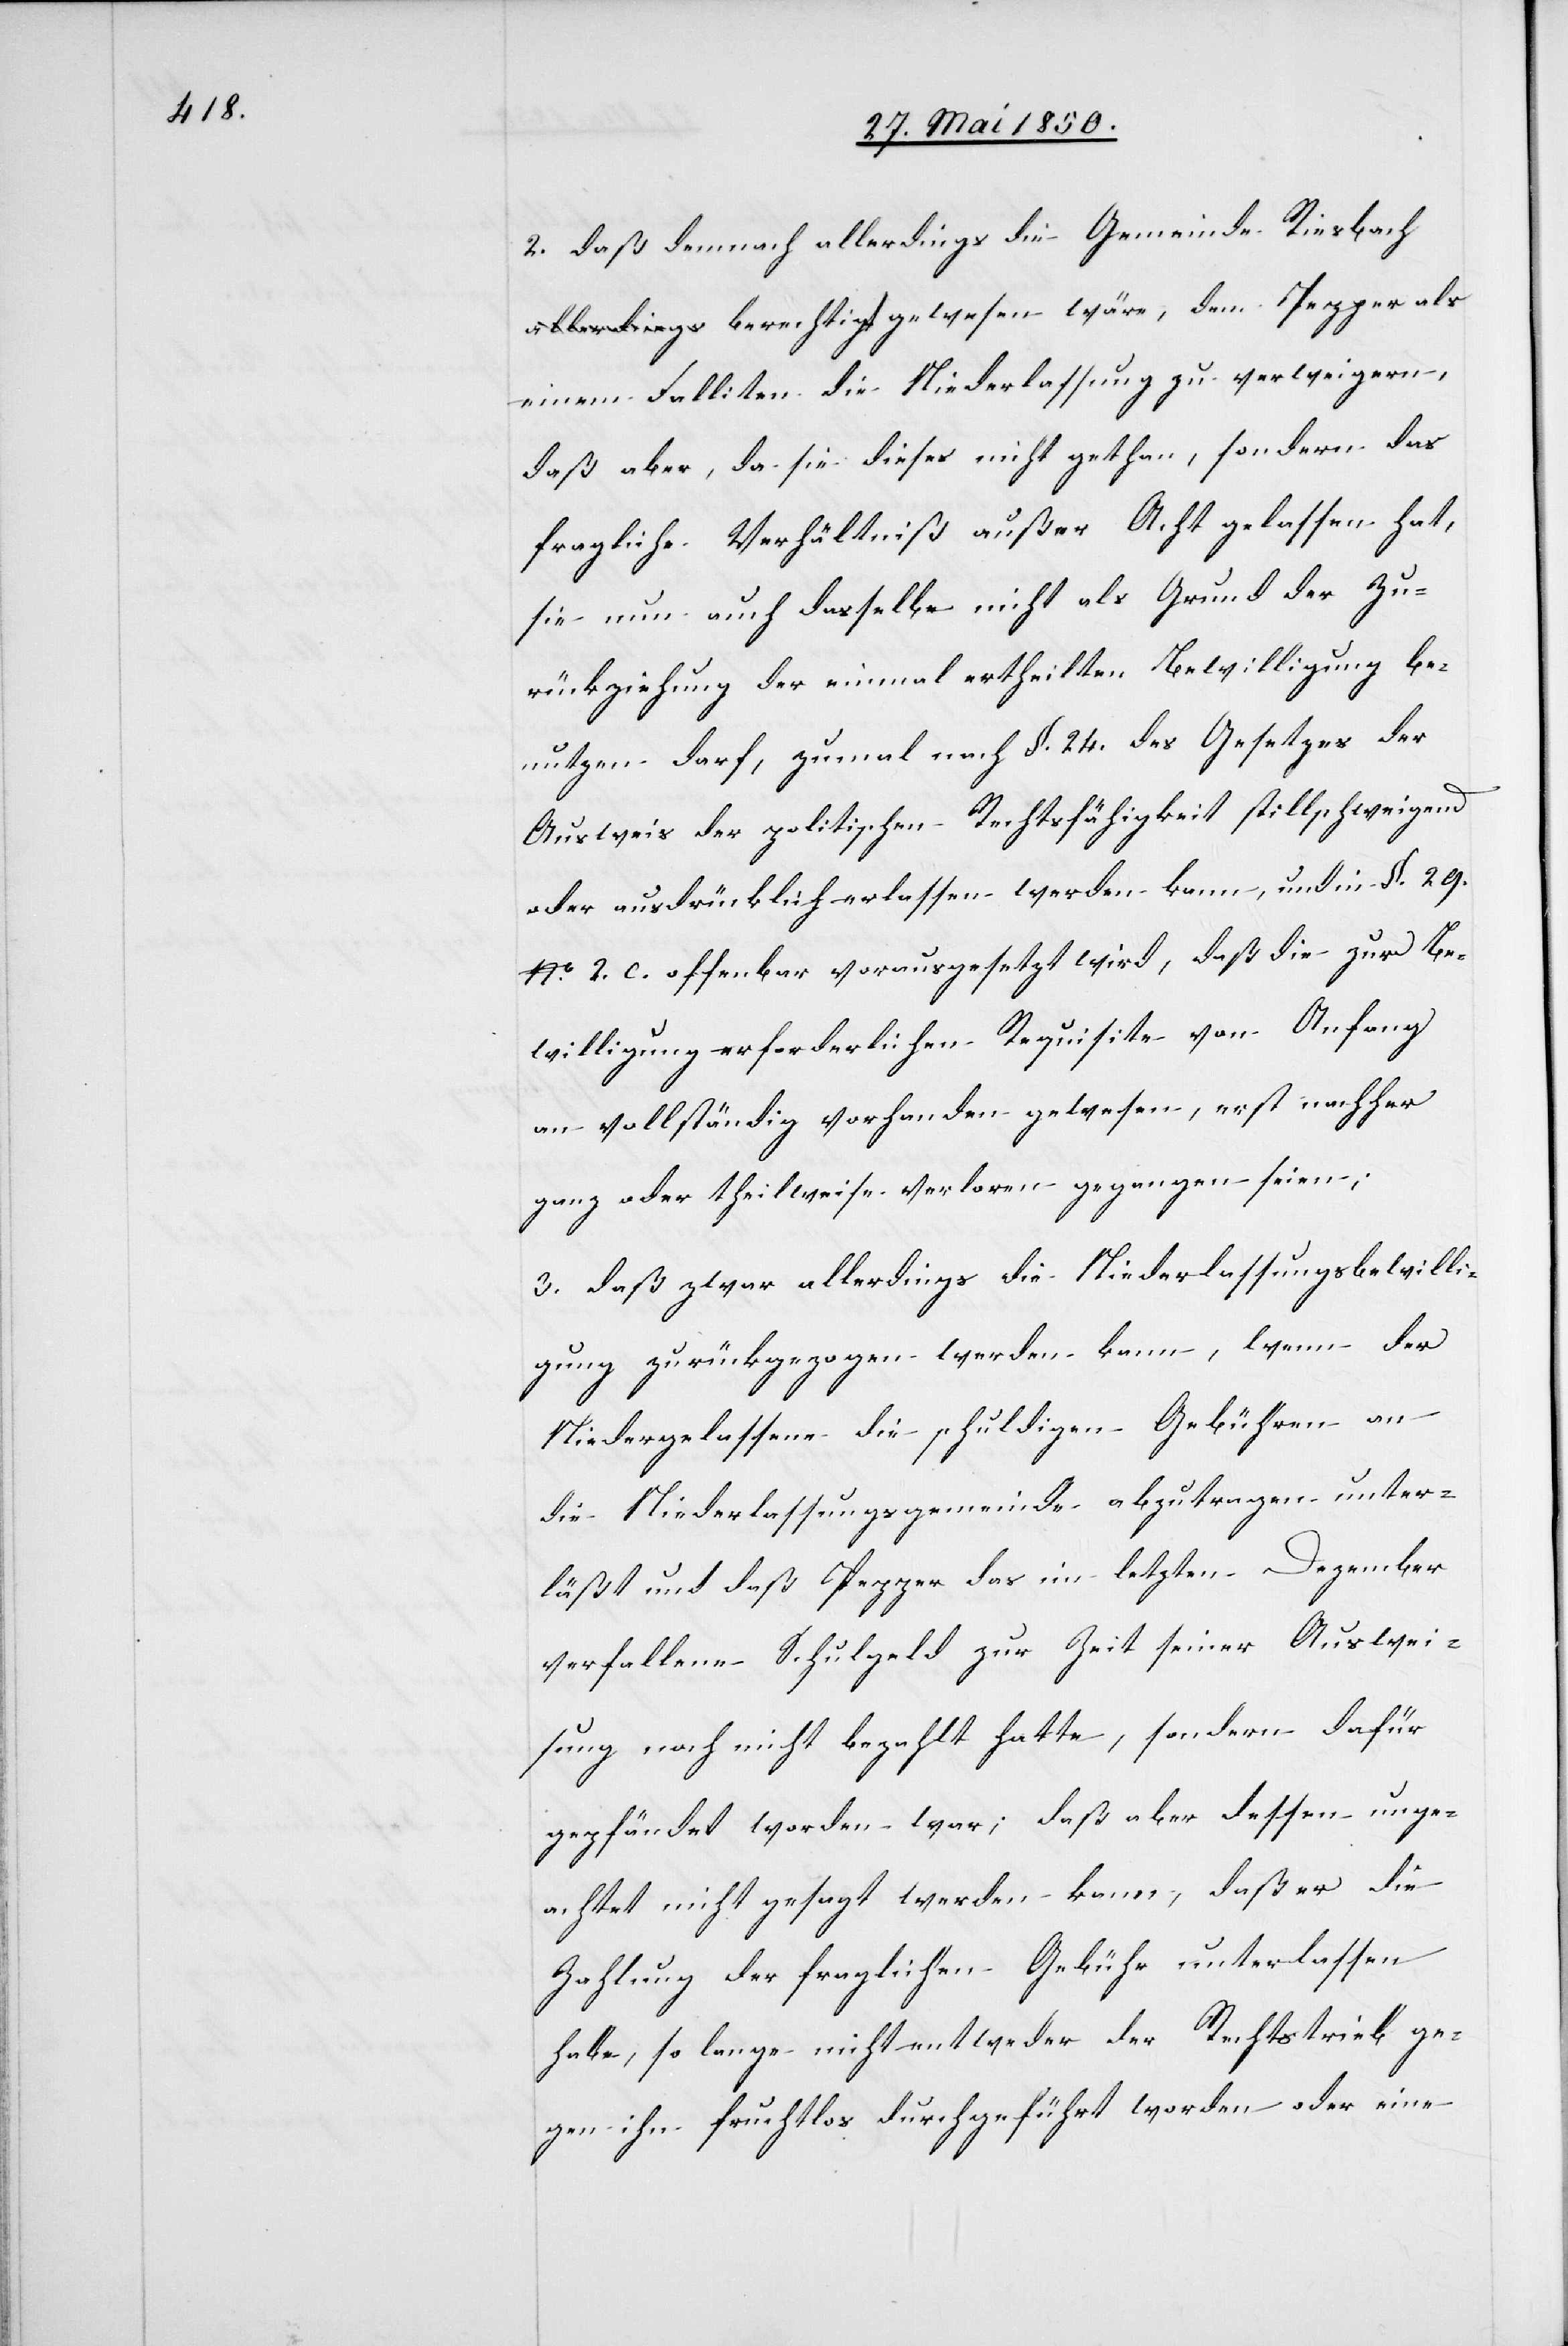
2. daß demnach allerdings die Gemeinde Riesbach
einem Falliten die Niederlassung zu verweigern,
daß aber, da sie dieses nicht gethan, sondern das
fragliche Verhältniß außer Acht gelassen hat,
sie nun auch dasselbe nicht als Grund der Zu¬
rückziehung der einmal ertheilten Bewilligung be¬
nutzen darf, zumal nach §. 24. des Gesetzes der
Ausweis der politischen Rechtsfähigkeit stillschweigend
oder ausdrücklich erlassen werden kann, und in §. 29.
No. 2. c. offenbar vorausgesetzt wird, daß die zur Be¬
willigung erforderlichen Requisite von Anfang
an vollständig vorhanden gewesen, erst nachher
ganz oder theilweise verloren gegangen seien;
3. daß zwar allerdings die Niederlassungsbewilli¬
gung zurückgezogen werden kann, wenn der
Niedergelassene die schuldigen Gebühren an
die Niederlassungsgemeinde abzutragen unter¬
läßt und daß Pepper das im letzten Dezember
verfallene Schulgeld zur Zeit seiner Auswei¬
sung noch nicht bezahlt hatte, sondern dafür
gepfändet worden war; daß aber dessen unge¬
achtet nicht gesagt werden kann, daß er die
Zahlung der fraglichen Gebühr unterlassen
habe, so lange nicht entweder der Rechtstrieb ge¬
gen ihn fruchtlos durchgeführt worden oder eine